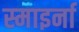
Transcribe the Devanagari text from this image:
स्माइर्ना